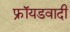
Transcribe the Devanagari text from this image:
फ्रॉयडवादी